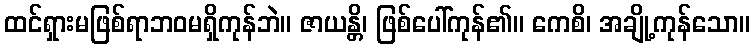
ထင်ရှားမဖြစ်ရာဘဝမရှိကုန်ဘဲ။ ဇာယန္တိ၊ ဖြစ်ပေါ်ကုန်၏။ ကေစိ၊ အချို့ကုန်သော။